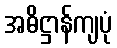
အဓိဋ္ဌာန်ကျပုံ